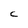
Character: C